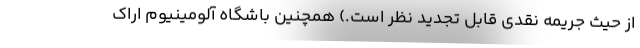
از حیث جریمه نقدی قابل تجدید نظر است.) همچنین باشگاه آلومینیوم اراک